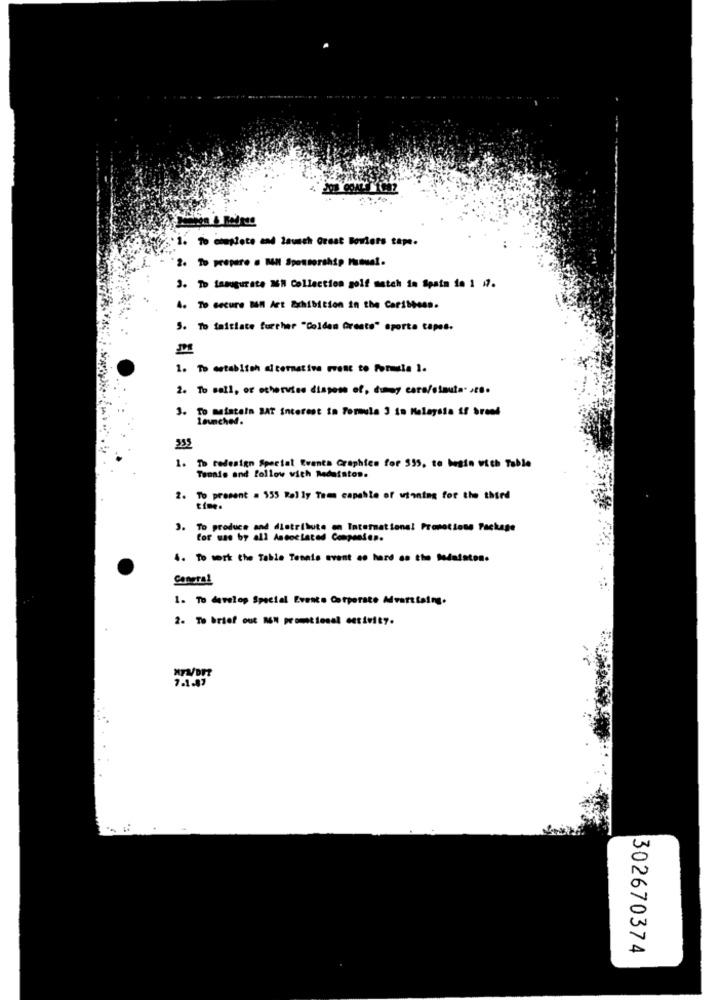
1. To complete and launch Great Bowlers tape.
2. To prepare . MAN Sponsorship manual.
3. To inaugurate IN Collection golf match in Spain in 1 17.
4. To secure BAM Art Exhibition in the Caribbean.
5. To taitiate further "Golden Greate" aporta capes.
1. To establish alternativa ovest to Formula 1.
2. To sell, or otherwise dispose of, dummy cara/stauta. . co.
3. To maintain BAT Interest in Formula 3 in Malaysia il broad
launched.
355
1. To redesign Special Events Graphies for 535, to begin with Table
Tenais and follow with Redaiston.
2. To present . 555 Rel ly Teen capable of winning for the third
time.
3. To produce and distribute on International Promotions Package
Cor sas by all Associated Companies.
4. To work the Table Tennis avant co hard co the Modafatos.
Conoral
1. To develop Special Events Corporate Mvartising.
2. To brief out nEN promtional ectivity.
302670374